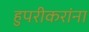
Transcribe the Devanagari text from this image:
हुपरीकरांना